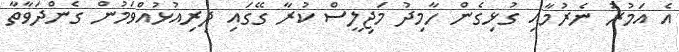
އެ އަމުރު ނެރުމާއި ގުޅިގެން ހާމިދު މަޖިލީސް ކުރާ ގޭގައި ދިރިއުޅުއްވަމުން ގެންދަވާތާ